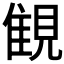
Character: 𧡖